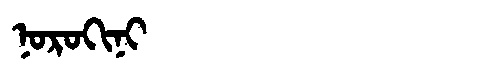
Manchu: ᠨᠣᡵᠣᡴᡳᠨᡳ
Romanization: NOROKINI